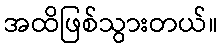
အထိဖြစ်သွားတယ်။